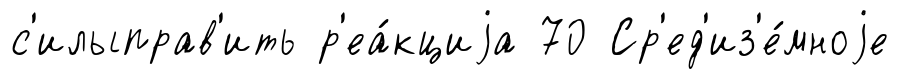
с'илыправ'ить р'еа́кциjа 70 Ср'ед'из'е́мноjе